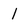
Character: 1